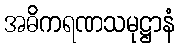
အဓိကရဏသမုဋ္ဌာနံ